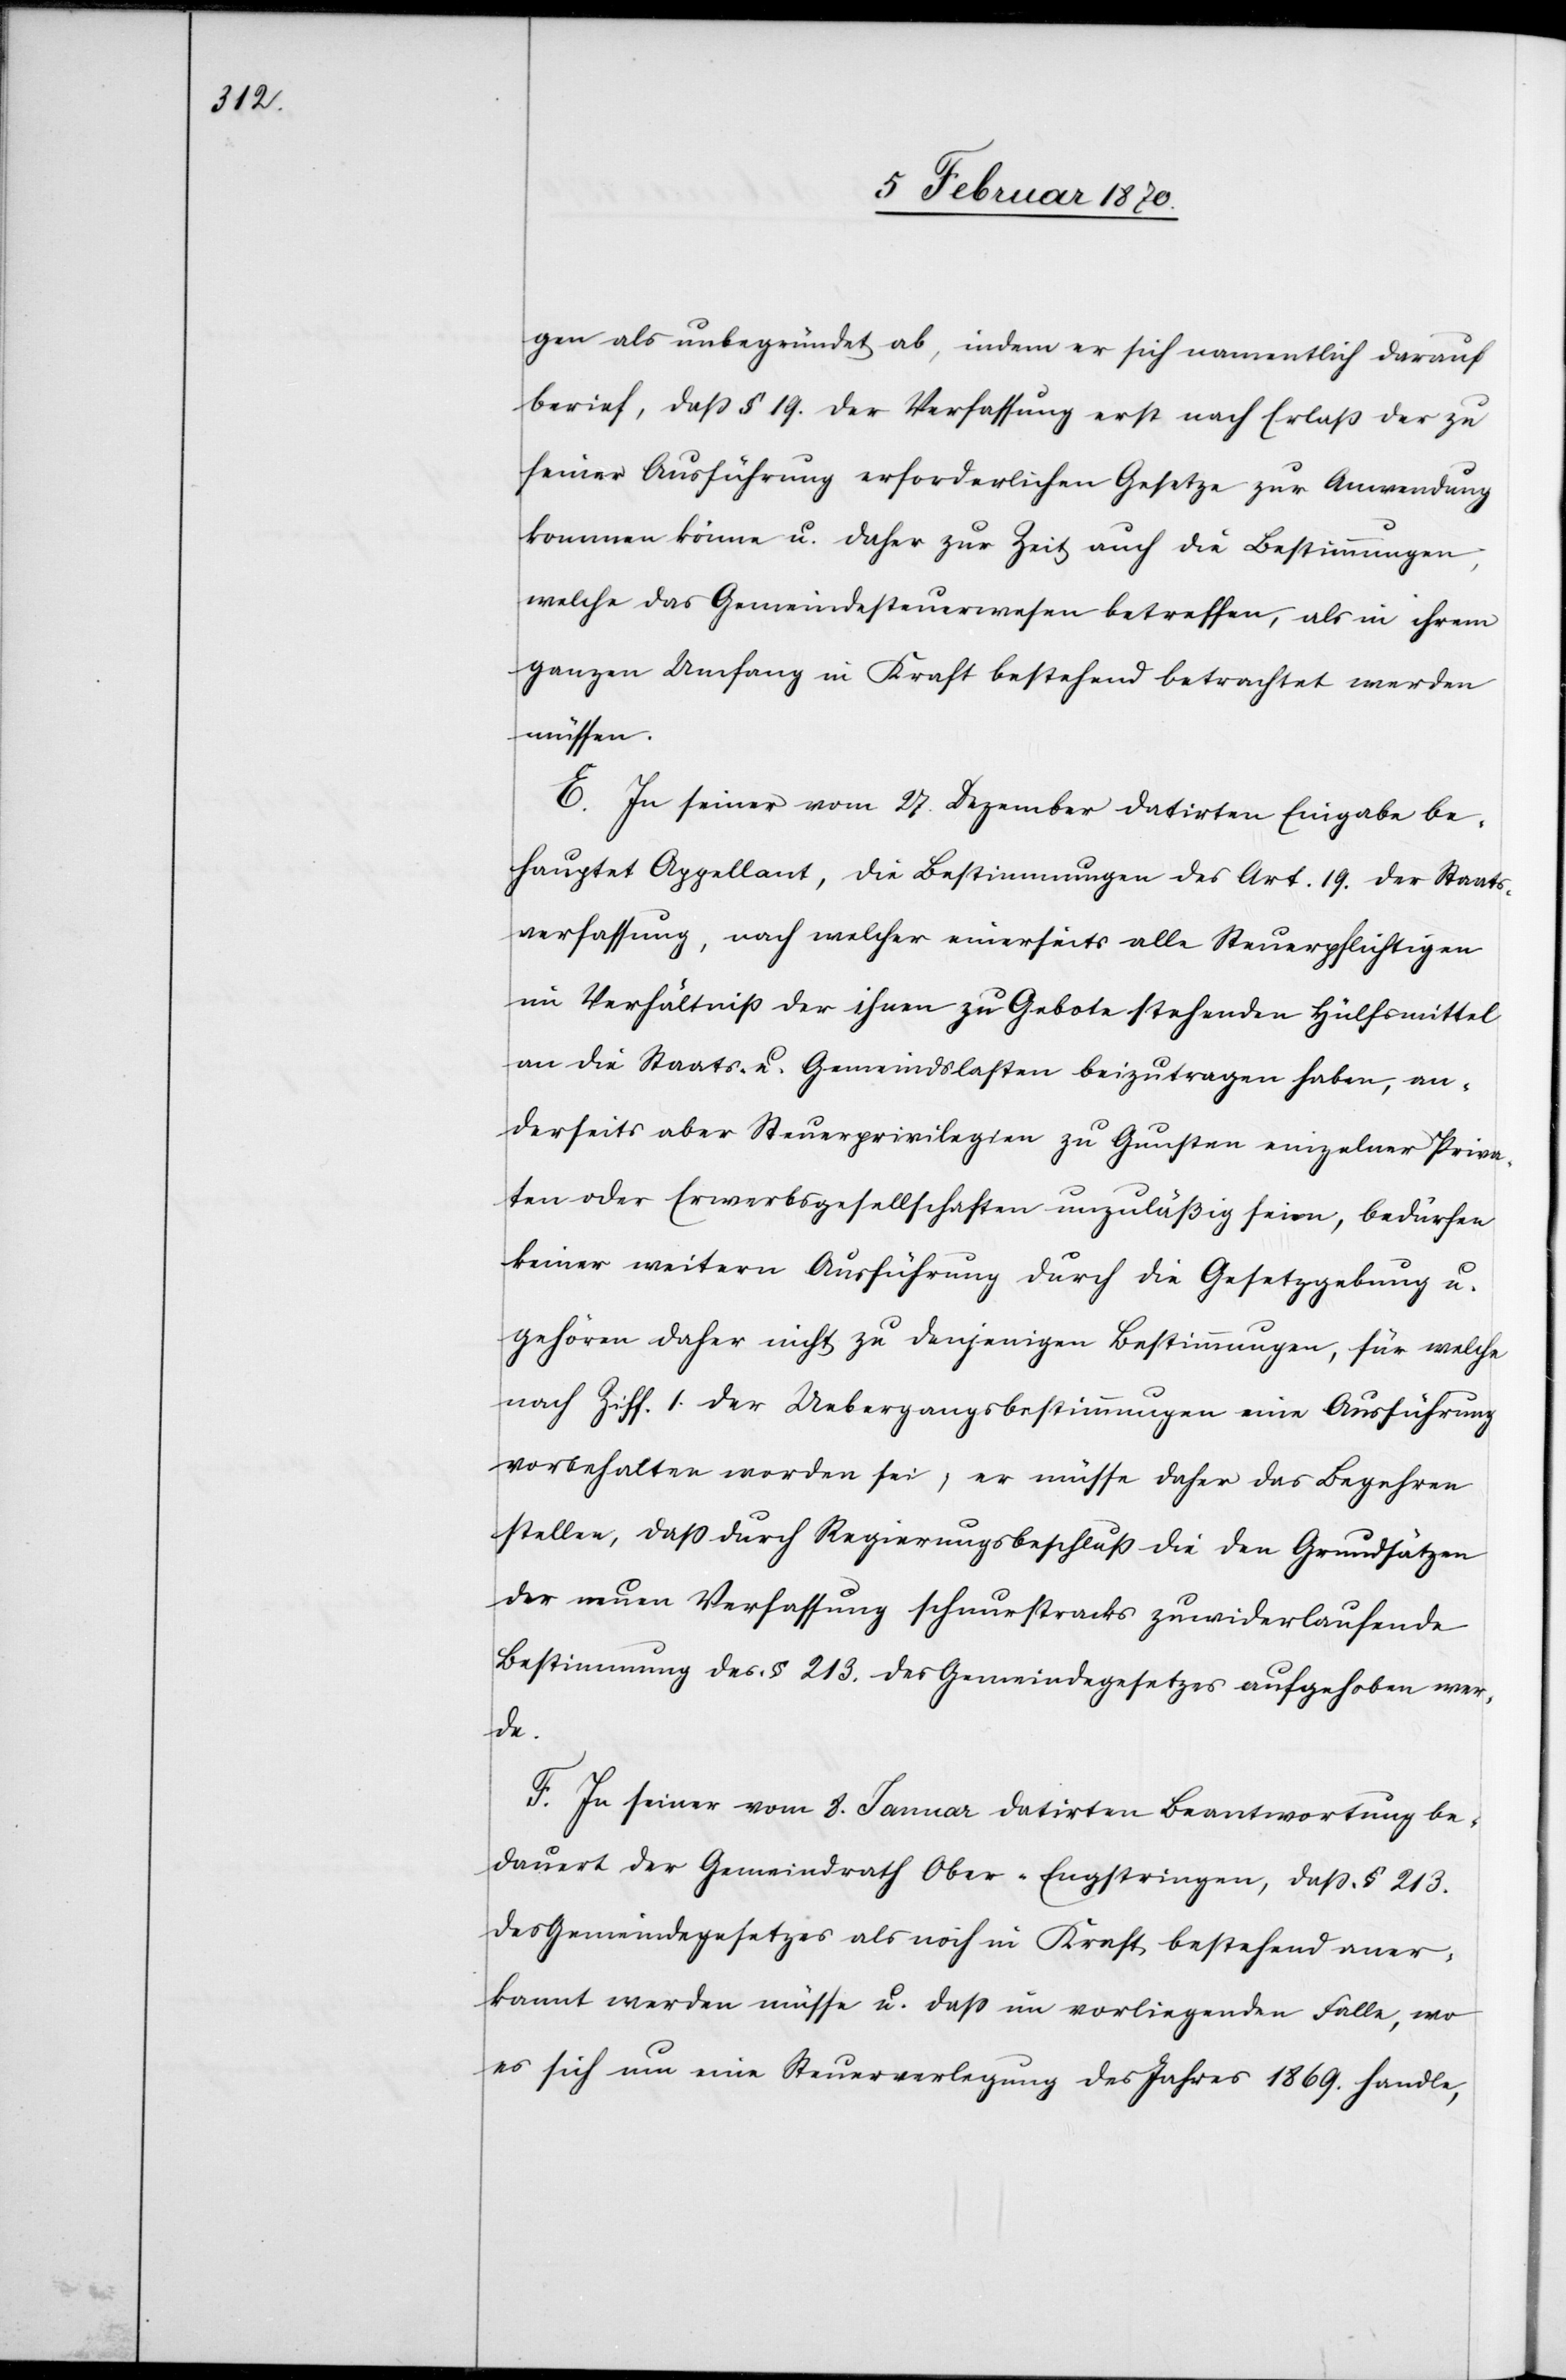
gen als unbegründet ab, indem er sich namentlich darauf
berief, dass § 19. der Verfassung erst nach Erlaß der zu
seiner Ausführung erforderlichen Gesetze zur Anwendung
kommen könne u. daher zur Zeit auch die Bestimmungen,
welche das Gemeindesteuerwesen betreffen, als in ihrem
ganzen Umfang in Kraft bestehend betrachtet werden
müssen.
E. In seiner vom 27. Dezember datirten Eingabe be¬
hauptet Appellant, die Bestimmungen des Art. 19. der Staats¬
verfassung, nach welcher einerseits alle Steuerpflichtigen
im Verhältniß der ihnen zu Gebote stehenden Hülfsmittel
an die Staats- u. Gemeindslasten beizutragen haben, an¬
derseits aber Steuerprivilegien zu Gunsten einzelner Priva¬
ten oder Erwerbsgesellschaften unzuläßig seien, bedürfen
keiner weitern Ausführung durch die Gesetzgebung u.
gehören daher nicht zu denjenigen Bestimmungen, für welche
noch Ziff. 1. der Uebergangsbestimmungen eine Ausführung
vorbehalten worden sei; er müsse daher das Begehren
stellen, dass durch Regierungsbeschluß die den Grundsätzen
der neuen Verfassung schnurstracks zuwiderlaufende
Bestimmung des § 213. des Gemeindegesetzes aufgehoben wer¬
de.
F. In seiner vom 8. Januar datirten Beantwortung be¬
dauert der Gemeindrath Ober-Engstringen, dass § 213.
des Gemeindegesetzes als noch in Kraft bestehend aner¬
kannt werden müsse u. dass im vorliegenden Falle, wo
es sich um eine Steuerverlegung des Jahres 1869. handle,